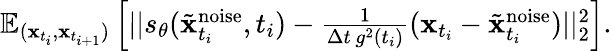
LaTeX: \begin{array}{r}{\mathbb{E}_{(\mathbf{x}_{t_{i}},\mathbf{x}_{t_{i+1}})}\left[||s_{\theta}(\tilde{\mathbf{x}}_{t_{i}}^{\mathrm{noise}},t_{i})-\frac{1}{\Delta t\, g^{2}(t_{i})}(\mathbf{x}_{t_{i}}-\tilde{\mathbf{x}}_{t_{i}}^{\mathrm{noise}})||_{2}^{2}\right].}\end{array}